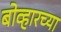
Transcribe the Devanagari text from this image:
बोव्हारच्या